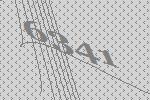
6341